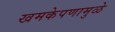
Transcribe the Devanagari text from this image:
खमकेपणामुळे